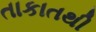
તાકાતથી